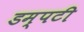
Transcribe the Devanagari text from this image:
डम्पटी